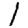
Digit: 1